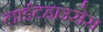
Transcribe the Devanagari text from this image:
लाईटहाउसेस